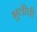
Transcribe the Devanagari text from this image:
भुलीची